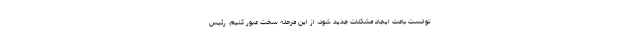
توانست باعث ایجاد مشکلات جدید شود، از این مرحله سخت عبور کنیم. رئیس